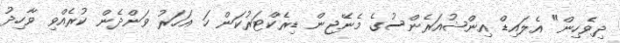
ދިވެހިން" އެލައިޑް އިންޝުއަރެންސުގެ މެނޭޖިން ޑިރެކްޓަރުކަން ހަ އަހަރު ވަންދެން ކުރެއްވި ވާހިދު